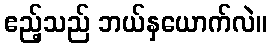
ဧည့်သည် ဘယ်နှယောက်လဲ။